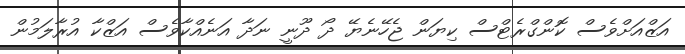
އަޒްއަށްވެސް ކޮންގްރެޓްސް ކިޔަން ޖެހޭނެޔޭ ދޯ ދޫނީ ނަދާ އަނެއްކާވެސް އަޒްކާ އުރާލަމުން